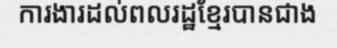
ការងារដល់ពលរដ្ឋខ្មែរបានជាង